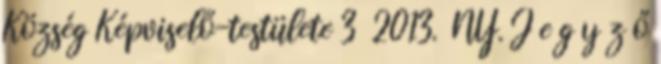
Község Képviselő-testülete 3 2013. NY. J e g y z ő